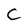
Character: C